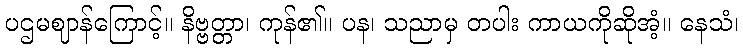
ပဌမဈာန်ကြောင့်။ နိဗ္ဗတ္တာ၊ ကုန်၏။ ပန၊ သညာမှ တပါး ကာယကိုဆိုအံ့။ နေသံ၊